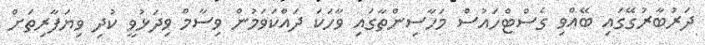
ދަރުބާރުގޭގައި ބޭއްވި ގެސްޓްހައުސް މަހާސިންތާގައި ވާހަކަ ދައްކަވަމުން ވިސާމް ވިދަޅުވީ ކުދި ވިޔަފާރިތަށް